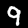
Label: 9